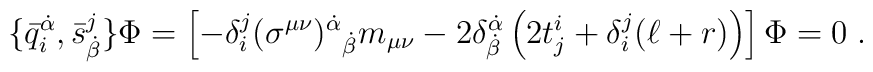
\{\bar q^{\dot\alpha}_i, \bar s^j_{\dot\beta} \}\Phi = \left[ -\delta^j_i (\sigma^{\mu\nu})^{\dot\alpha}{}_{\dot\beta}m_{\mu\nu} -2\delta^{\dot\alpha}_{\dot\beta}\left(2t^i_j +\delta^j_i(\ell+r) \right)\right] \Phi = 0\;.